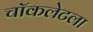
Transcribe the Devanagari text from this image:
चॉकलेटला